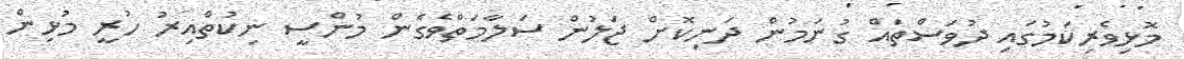
މޮޅިވެރިކަމުގައި ދުވަސްތައް ގުނަމުން ދަނިކޮށް ޖަލުން ސަލާމަތްވެގެން މުންސީ ނިކުތްއިރު ހުރީ މުޅިން